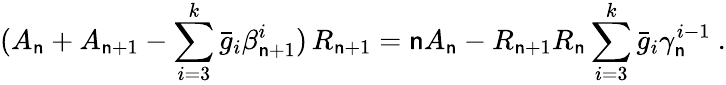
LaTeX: (A_{\mathsf{n}}+A_{\mathsf{n}+1}-\sum_{i=3}^{k}\bar{{g}}_{i}\beta_{\mathsf{n}+1}^{i})\, R_{\mathsf{n}+1}=\mathsf{n}A_{\mathsf{n}}-R_{\mathsf{n}+1}R_{\mathsf{n}}\sum_{i=3}^{k}\bar{{g}}_{i}\gamma_{\mathsf{n}}^{i-1}\ .